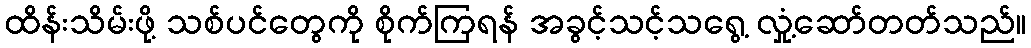
ထိန်းသိမ်းဖို့ သစ်ပင်တွေကို စိုက်ကြရန် အခွင့်သင့်သရွေ့ လှုံ့ဆော်တတ်သည်။